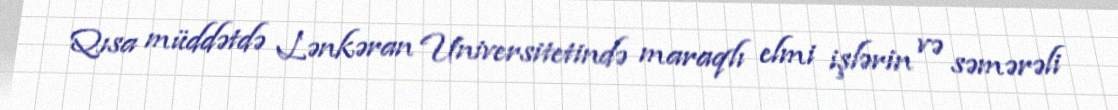
Qısa müddətdə Lənkəran Universitetində maraqlı elmi işlərin və səmərəli